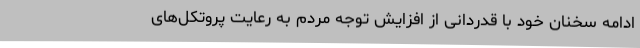
ادامه سخنان خود با قدردانی از افزایش توجه مردم به رعایت پروتکل‌های